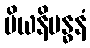
ပိယနိဗန္ဓနံ